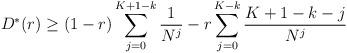
LaTeX: \begin{align*}D^*(r) \geq (1-r) \sum_{j=0}^{K+1-k} \frac{1}{N^j} - r \sum_{j=0}^{K-k} \frac{K+1-k-j}{N^j} \end{align*}